Vana-Antsla_vallavalitsus, lk 82
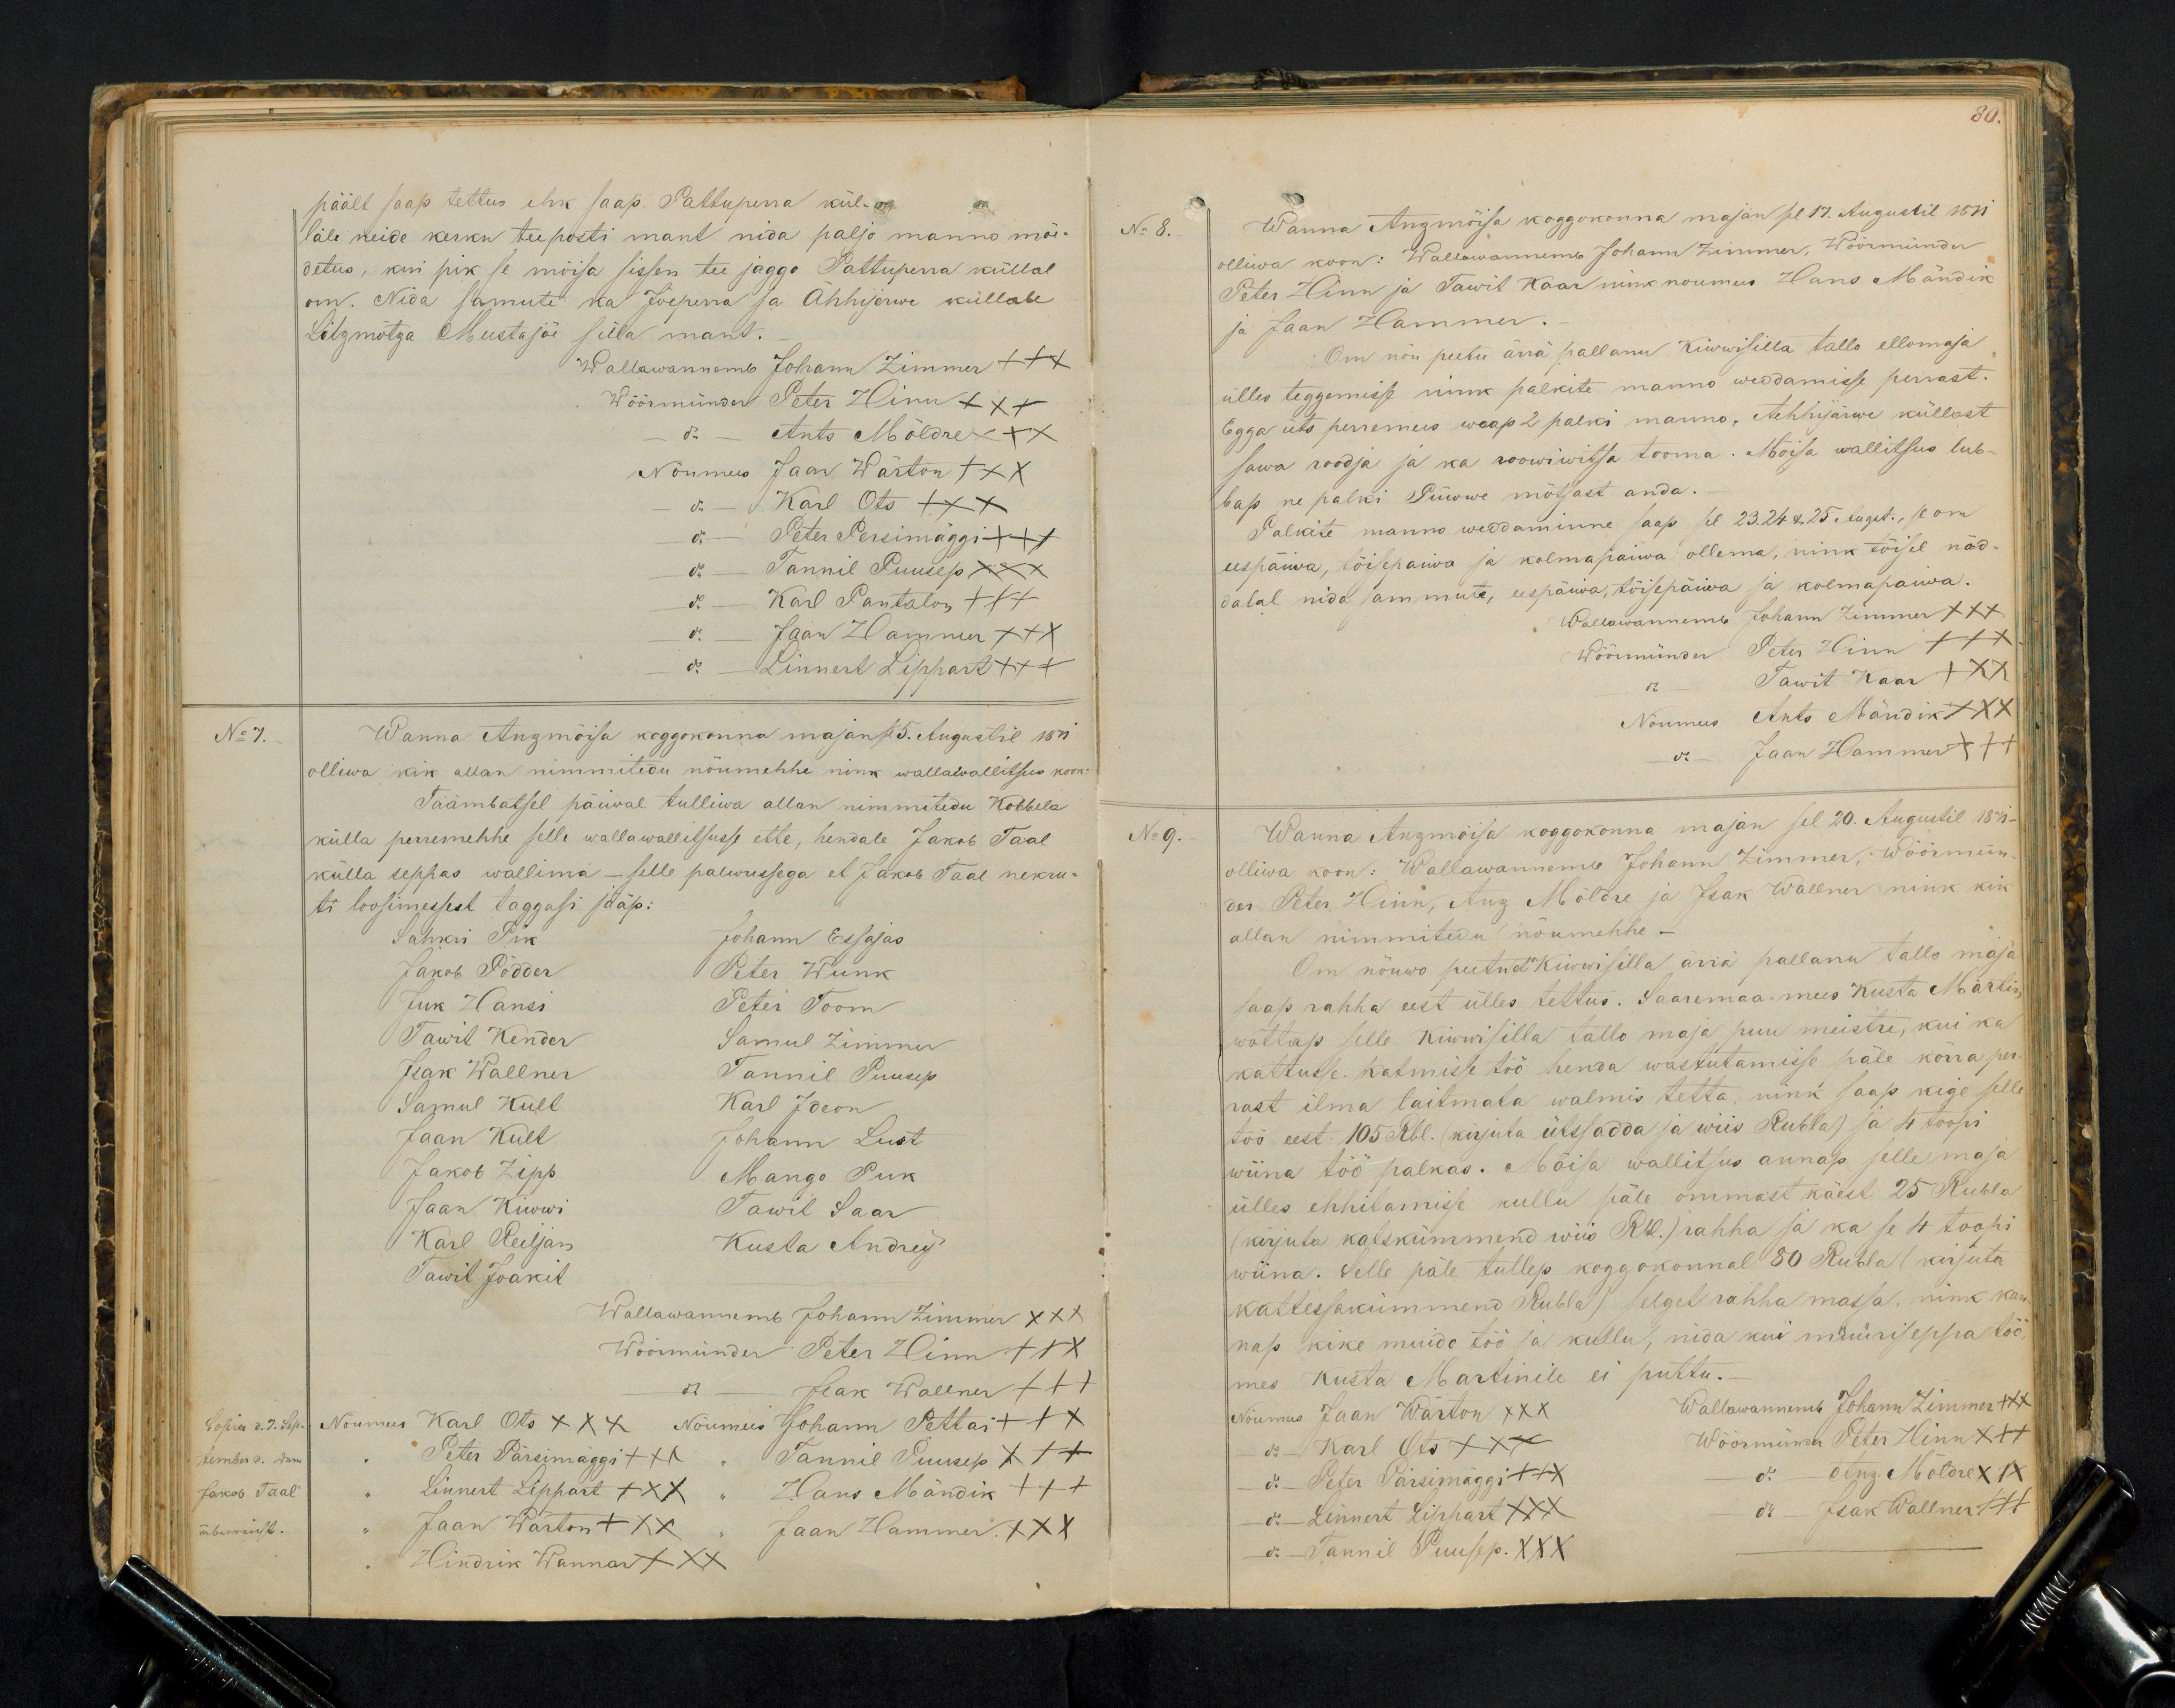
päält saap tettus ehk saap. Pattupera kül-
lale neide kerku teeposti mant nida paljo manno mõe-
detus, kui pik se mõisa sissen tee jaggo Pattuperra küllal
om. Niga samuti ka Jõeperra ja Ahhijerwe küllale
Litzmõtza Mustajõe silla mant.
Wallawannemb Johann Zimmer +++
Wöörmünder Peter Hinn XXX
do - Ants Möldre XXX
Nõumees Jaan Wärton XXX
do - Karl Ots XXX
do - Peter Persimäggi +++
do - Tannil Puusep XXX
do - Karl Pantalon +++
do - Jaan Hammer XXX
do - Linnert Lippart +++
No 7.
Wanna Anzmõisa koggokonna majan sel 15. Augustil 1871.
olliwa kik allan nimmitedu nõumehhe nink wallawallitsus koon.
Täämbatsel päiwal tulliwa allan nimmitedu Kobbela
külla perremehhe selle wallawallitsusse ette, hendale Jakob Taal
külla seppas wallima - selle palwusega et Jakob Taal nekru-
ti loosimessest taggasi jääp:
Sahkri Pik
Johann Essajas
Jakob Pödder
Peter Wunk
Juk Hansi
Peter Toom
Tawit Kender
Samul Zimmer
Isak Wallner
Tannil Puusep
Samul Kull
Karl Ideon
Jaan Kull
Johann Lust
Jakob Zipp
Mango Puk
Jaan Kiwwi
Tawit Saar
Karl Reiljan
Kusta Andrey
Tawit Joakit
Wallawannemb Johann Zimmer XXX
Wöörmünder Peter Hinn XXX
do - Isak Wallner +++
Nõumees Karl Ots XXX
Nõumees Johann Pettai +++
Peter Pärsimäggi +++
Tannil Puusep XXX
Linnert Lippart XXX
Hans Mändik +++
Jaan Wärton XXX
Jaan Hammer XXX
Hindrik Wannar XXX

80.
No 8.
Wanna Anzmõisa koggokonna majan se 17. Augustil 1871
olliwa koon: Wallawannemb Johannn Zimmer, Wöörmünder
Peter Hinn ja Tawit Kaar nink noumees Hans Mändik
ja Jaan Hammer.
Om nõu peetu ärrä pallanu Kiwwisilla tallo ellomaja
ülles teggemisse nink palkite manno weddamisse perrast.
Egga üts perremees weap 2 palki manno, Aehhjärwe küllast
sawa roodja ja ka roowiwitsa tooma. Mõisa wallitsus lub-
bap ne palki Püwwe mõtsast anda.
Palkite manno weddamine saap sel 23. 24 & 25 August. se om
eespäiwa, töisepäiwa ja kolmapaiwa ollema, nink tõisel näd
dalal nida sammute, eespäiwa, töisepäiwa ja kolmapaiwa
Wallawannemb Johann Zimmer +++
Wöörmünder Peter Hinn XXX
do Tawit Kaar XXX
Nõumees Ants Mändik XXX
do - Jaan Hammer XXX
No 9.
Wanna Anzmõisa koggokonna majan sel 20. Augustil 1871
olliwa koon: Wallawannemb Johann Zimmer, Wöörmün-
der Peter Hinn, Anz Möldre ja Isak Wallner nink kik
allan nimmitedu nõumehhe -
Om nõuwo peetud Kiwisilla ärrä pallanu tallo maja
saap rahha eest ülles tettus. Saaremaa-mees Kusta Martin
wõttap selle Kiwwisilla tallo maja puu meistre, kui ka
kattusse katmisse töö henda wastutamisse päle korra per-
rast ilma taitmata walmis tetta, nink saap kige selle
töö eest. 105 Rbl. (kirjuta ütssadda ja wiis Rubla) ja 4 toopi
wiina töö palkas. Mõisa wallitsus annap selle maja
ülles ehhitamise kullu päle ommast käest 25 Rubla
kirjuta katskümmend wiis Rbl.) rahha ja ka se 4 toopi
wiina. Selle päle tullep koggokonnal 80 Rubla (kirjuta
kattessakümmend Rubla) selget rahha massa, nink kan
nap kike muido töö ja kullu, nida kui müüriseppa töö
mes Kusta Martinile ei puttu.
Nõumees Jaan Wärton XXX
Wallawannemb Johann Zimmer
do - Karl Ots XXX
Wöörmünder Peter Hinn XXX
do - Peter Pärsimäggi XXX
- do - Anz Möldre XXX
do - Linnert Lippart XXX
do - Isak Wallner +++
do - Tannil Puusep. XXX